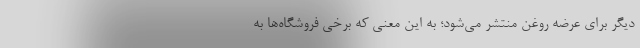
دیگر برای عرضه روغن منتشر می‌شود؛ به این معنی که برخی فروشگاه‌ها به